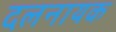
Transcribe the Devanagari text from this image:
दलनायक